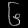
Digit: ၆